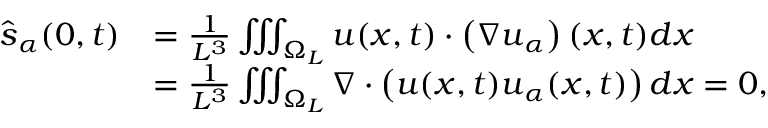
\begin{array} { r l } { \hat { \boldsymbol s } _ { \alpha } ( 0 , t ) } & { = \frac { 1 } { L ^ { 3 } } \iiint _ { \Omega _ { L } } \boldsymbol u ( \boldsymbol x , t ) \cdot \left( \nabla \boldsymbol u _ { \alpha } \right) ( \boldsymbol x , t ) d \boldsymbol x } \\ & { = \frac { 1 } { L ^ { 3 } } \iiint _ { \Omega _ { L } } \nabla \cdot \left( \boldsymbol u ( \boldsymbol x , t ) \boldsymbol u _ { \alpha } ( \boldsymbol x , t ) \right) d \boldsymbol x = 0 , } \end{array}